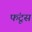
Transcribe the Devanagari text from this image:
फंटूस